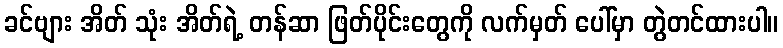
ခင်ဗျား အိတ် သုံး အိတ်ရဲ့ တန်ဆာ ဖြတ်ပိုင်းတွေကို လက်မှတ် ပေါ်မှာ တွဲတင်ထားပါ။